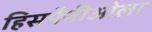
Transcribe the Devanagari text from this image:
हिसपैनीओला